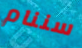
سننام